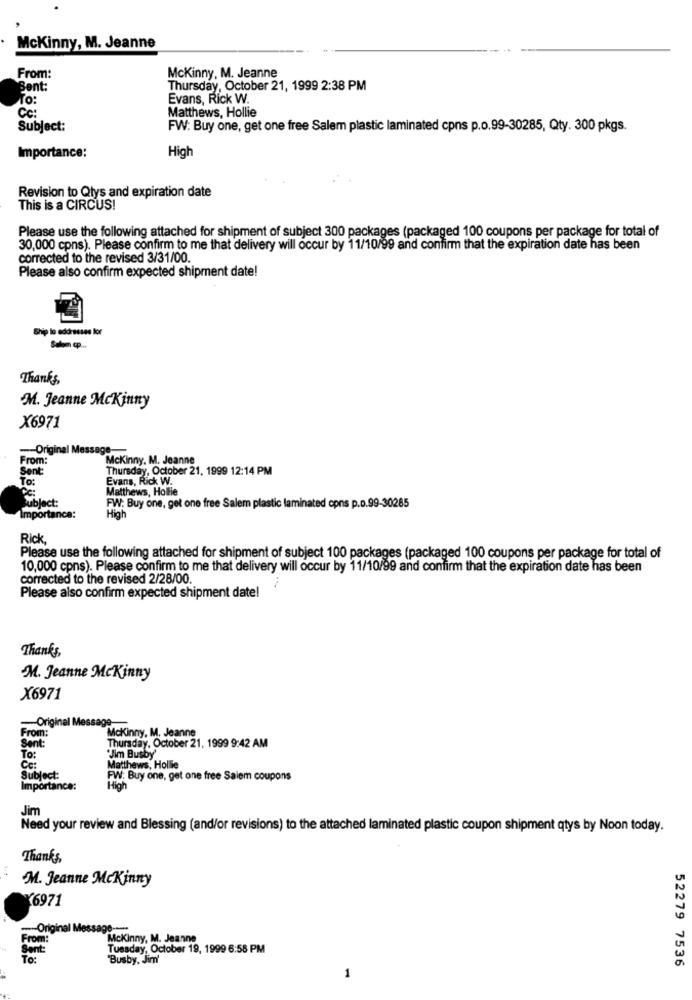
McKinny, M. Jeanne
From:
McKinny, M. Jeanne
Bent:
Thursday, October 21, 1999 2:38 PM
To:
Evans, Rick W.
Cc :
Matthews, Hollie
Subject:
FW: Buy one, get one free Salem plastic laminated cpns p.o.99-30285, Qty. 300 pkgs.
Importance:
High
Revision to Qtys and expiration date
This is a CIRCUS!
Please use the following attached for shipment of subject 300 packages (packaged 100 coupons per package for total of
30,000 cpns). Please confirm to me that delivery will occur by 11/10/99 and confirm that the expiration date has been
corrected to the revised 3/31/00.
Please also confirm expected shipment date!
Ship lo addresses kor
Solom cp ..
Thanks,
M. Jeanne McKinny
X6971
-Original Message-
From:
McKinny, M. Jeanne
Sent:
Thursday, October 21, 1999 12:14 PM
To:
Evans, Rick W.
Matthews, Hollie
Subject:
FW: Buy one, get one free Salem plastic laminated cons p.o.99-30285
Importance:
High
Rick
Please use the following attached for shipment of subject 100 packages (packaged 100 coupons per package for total of
10,000 cpns). Please confirm to me that delivery will occur by 11/10/99 and confirm that the expiration date has been
corrected to the revised 2/28/00.
Please also confirm expected shipment date!
Thanks,
M. Jeanne McKinny
X6971
-Original Message
From:
McKinny, M. Jeanne
Sent:
Thursday, October 21, 1999 9:42 AM
"Jim Busby'
To:
Cc:
Matthews, Hollie
Subject:
FW: Buy one, get one free Salem coupons
Importance:
High
Jim
Need your review and Blessing (and/or revisions) to the attached laminated plastic coupon shipment qtys by Noon today.
Thanks,
M. Jeanne McKinny
(6971
-Original Message --...
Mckinny, M. Jeanne
Dont:
Tuesday, October 19, 1999 6:58 PM
To:
"Busby, Jim'
52279 7536
1